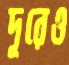
দূরেও